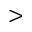
>